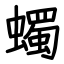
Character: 蠋